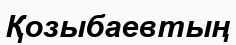
Қозыбаевтың